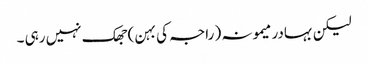
لیکن بہادر میمونہ ( راجہ کی بہن ) جھک نہیں رہی ۔